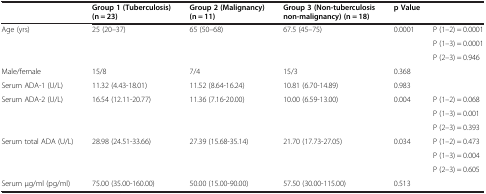
|  | Group 1 (Tuberculosis) (n = 23) | Group 2 (Malignancy) (n = 11) | Group 3 (Non-tuberculosis non-malignancy) (n = 18) | <COLSPAN=2> p Value |
 | --- | --- | --- | --- | --- | --- |
 | <ROWSPAN=3> Age (yrs) | <ROWSPAN=3> 25 (20–37) | <ROWSPAN=3> 65 (50–68) | <ROWSPAN=3> 67.5 (45–75) | <ROWSPAN=3> 0.0001 | P (1–2) = 0.0001 |
 | P (1–3) = 0.0001 |
 | P (2–3) = 0.946 |
 | Male/female | 15/8 | 7/4 | 15/3 | <COLSPAN=2> 0.368 |
 | Serum ADA-1 (U/L) | 11.32 (4.43-18.01) | 11.52 (8.64-16.24) | 10.81 (6.70-14.89) | <COLSPAN=2> 0.983 |
 | <ROWSPAN=3> Serum ADA-2 (U/L) | <ROWSPAN=3> 16.54 (12.11-20.77) | <ROWSPAN=3> 11.36 (7.16-20.00) | <ROWSPAN=3> 10.00 (6.59-13.00) | <ROWSPAN=3> 0.004 | P (1–2) = 0.068 |
 | P (1–3) = 0.001 |
 | P (2–3) = 0.393 |
 | <ROWSPAN=3> Serum total ADA (U/L) | <ROWSPAN=3> 28.98 (24.51-33.66) | <ROWSPAN=3> 27.39 (15.68-35.14) | <ROWSPAN=3> 21.70 (17.73-27.05) | <ROWSPAN=3> 0.034 | P (1–2) = 0.473 |
 | P (1–3) = 0.004 |
 | P (2–3) = 0.605 |
 | Serum μg/ml (pg/ml) | 75.00 (35.00-160.00) | 50.00 (15.00-90.00) | 57.50 (30.00-115.00) | <COLSPAN=2> 0.513 |